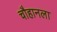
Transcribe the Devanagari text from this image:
चौहानला